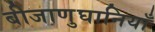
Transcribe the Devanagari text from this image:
बीजाणुघानियाँ